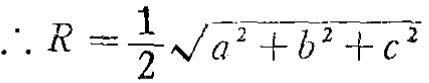
\(\therefore R = \frac{1}{2}\sqrt{a^{2} + b^{2} + c^{2}}\)